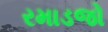
રમાડજો